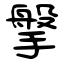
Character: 搫